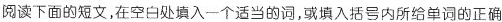
阅读下面的短文,在空白处填入一个适当的词,填入括号内所给单词的正确